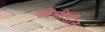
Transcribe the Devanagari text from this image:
कोंसीडीन